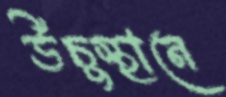
উঁচুস্থানে